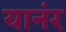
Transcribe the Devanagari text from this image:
यानंर